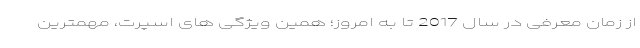
از زمان معرفی در سال 2017 تا به امروز؛ همین ویژگی های اسپرت، مهمترین